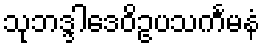
သုဘဒ္ဒါဒေဝိဥပသင်္ကမနံ